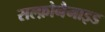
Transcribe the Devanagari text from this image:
सल्फ़ोनैमाइड